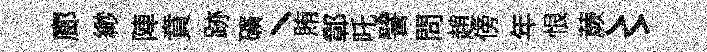
廊緲陣賁跡礦丶賄鄣吒譬問趙傍年恨蕨〻